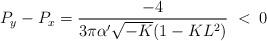
LaTeX: \begin{align*}P_y-P_x=\frac{-4}{3\pi\alpha'\sqrt{-K}(1-KL^2)}\;<\;0\end{align*}